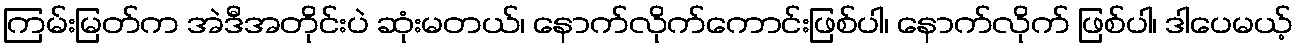
ကြမ်းမြတ်က အဲဒီအတိုင်းပဲ ဆုံးမတယ်၊ နောက်လိုက်ကောင်းဖြစ်ပါ၊ နောက်လိုက် ဖြစ်ပါ၊ ဒါပေမယ့်